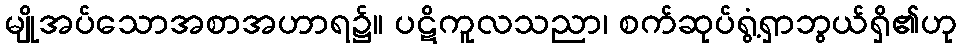
မျိုအပ်သောအစာအဟာရ၌။ ပဋိကူလသညာ၊ စက်ဆုပ်ရွံ့ရှာဘွယ်ရှိ၏ဟု